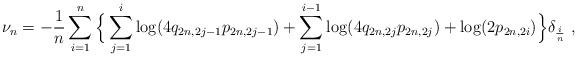
LaTeX: \begin{align*} \nu_n = -\frac{1}{n} \sum \limits_{i = 1}^n \Big \{ \sum \limits_{j = 1}^i \log(4q_{2n, 2j - 1}p_{2n, 2j - 1}) + \sum \limits_{j = 1}^{i - 1} \log(4q_{2n, 2j}p_{2n, 2j}) + \log(2p_{2n, 2i})\Big\} \delta_{\frac{i}{n}}~, \end{align*}